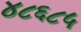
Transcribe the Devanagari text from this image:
४८६८५